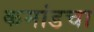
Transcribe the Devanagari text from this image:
कमांडचा